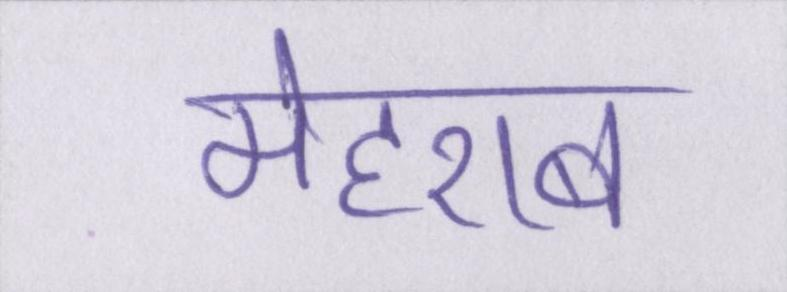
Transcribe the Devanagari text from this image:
मेहराब